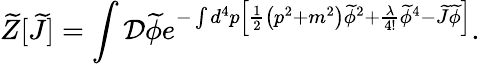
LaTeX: {\widetilde{Z}}[{\widetilde{J}}]=\int{\mathcal{D}}{\widetilde{\phi}}e^{-\int d^{4}p\left[{\frac{1}{2}}\left(p^{2}+m^{2}\right){\widetilde{\phi}}^{2}+{\frac{\lambda}{4!}}{\widetilde{\phi}}^{4}-{\widetilde{J}}{\widetilde{\phi}}\right]}.